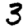
Digit: 3